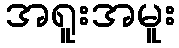
အရူးအမူး